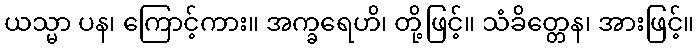
ယသ္မာ ပန၊ ကြောင့်ကား။ အက္ခရေဟိ၊ တို့ဖြင့်။ သံခိတ္တေန၊ အားဖြင့်။